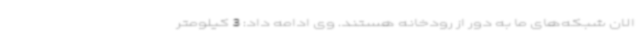
الان شبکه‌های ما به دور از رودخانه هستند. وی ادامه داد: 3 کیلومتر